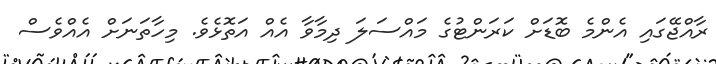
ރާއްޖޭގައި އެންމެ ބޮޑަށް ކަރަންޓުގެ މައްސަލަ ދިމާވާ އެއް އަތޮޅެވެ. މިހާތަނަށް އެއްވެސް